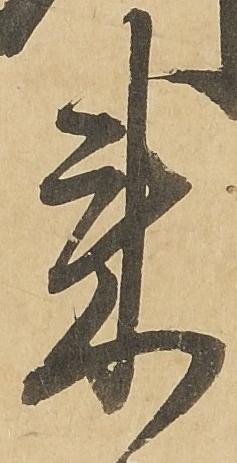
来